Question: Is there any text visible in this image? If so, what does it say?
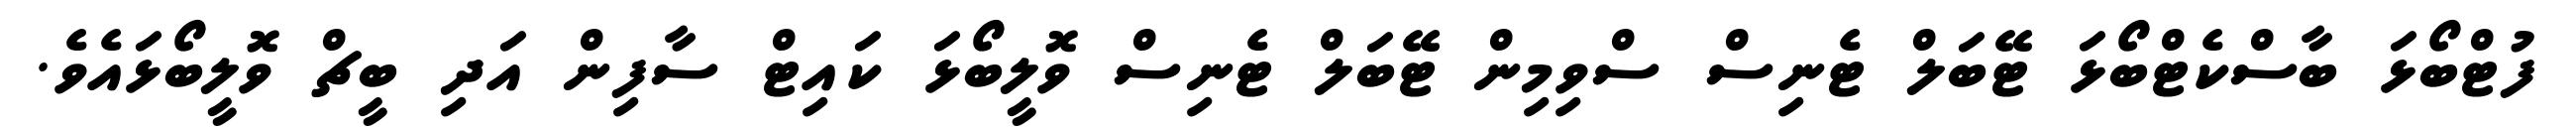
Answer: ފުޓްބޯޅަ ބާސްކެޓްބޯޅަ ޓޭބަލް ޓެނިސް ސްވިމިން ޓޭބަލް ޓެނިސް ވޮލީބޯޅަ ކައިޓް ސާފިން އަދި ބީޗް ވޮލީބޯޅައެވެ.